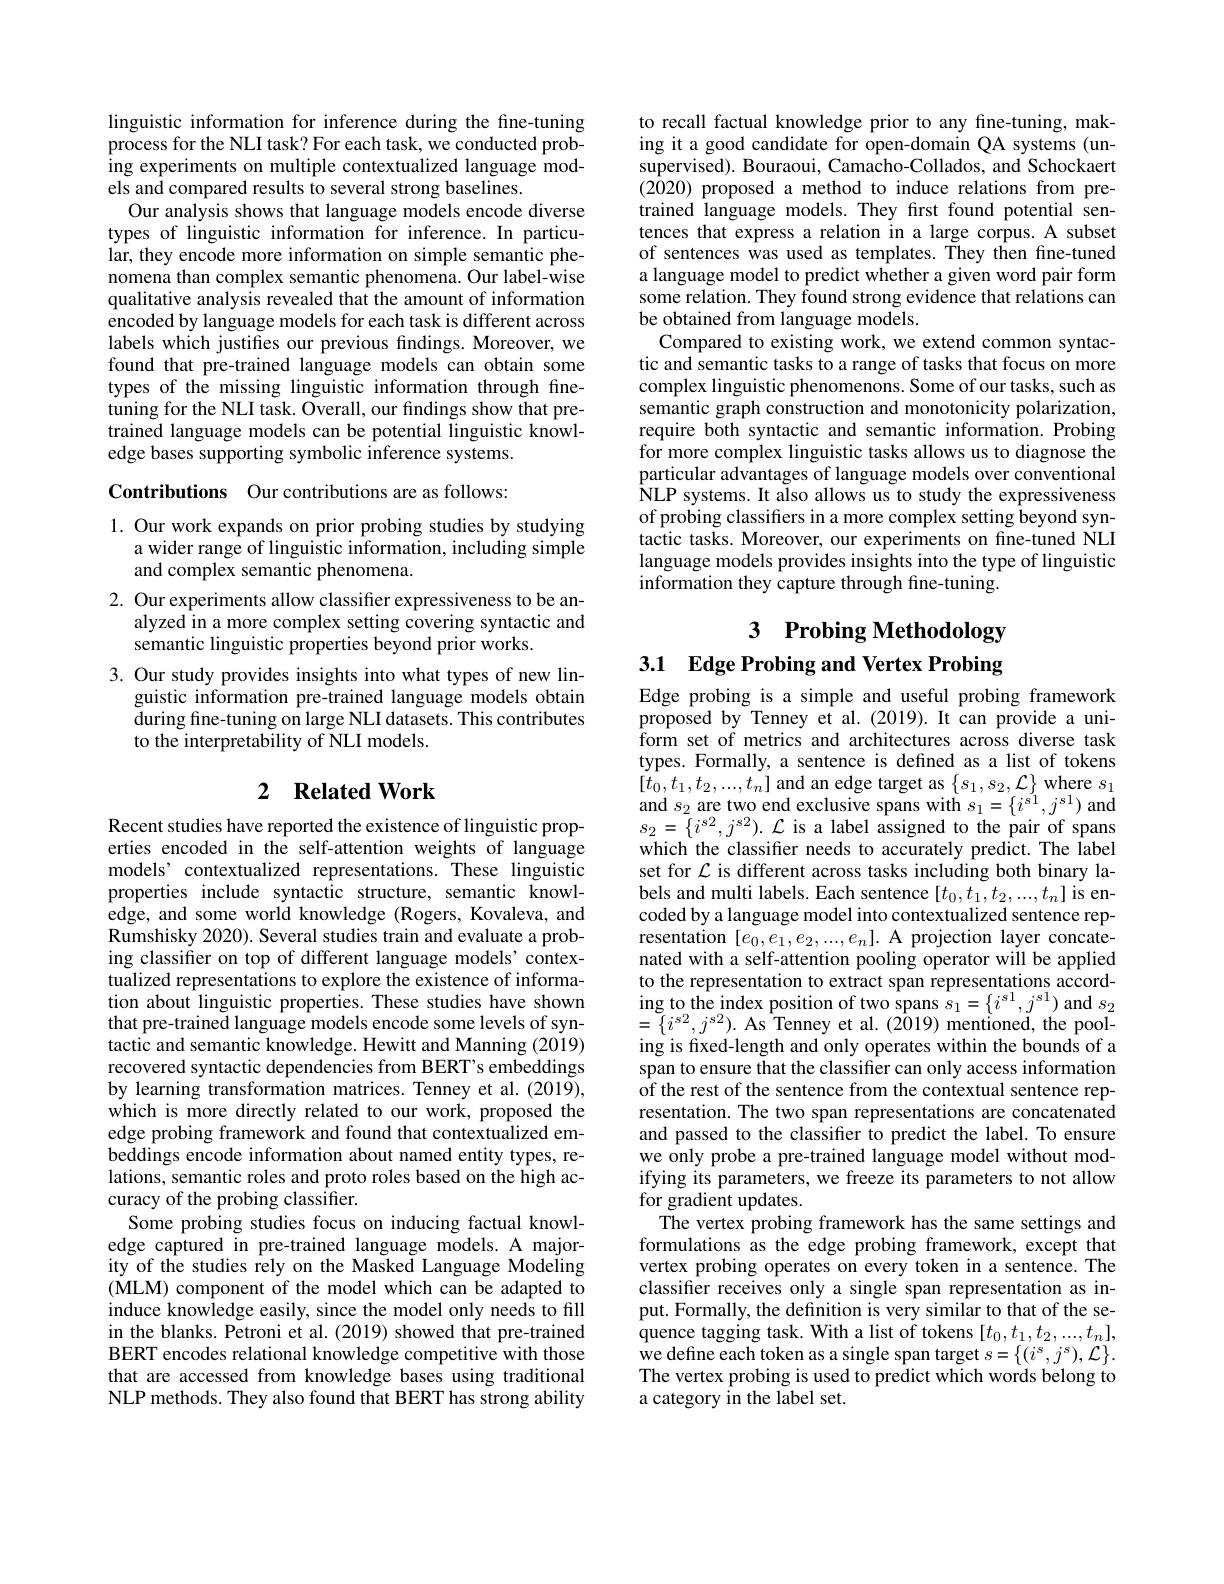
linguistic information for inference during the fine-tuning process for the NLI task? For each task, we conducted probing experiments on multiple contextualized language models and compared results to several strong baselines.
Our analysis shows that language models encode diverse types of linguistic information for inference. In particular, they encode more information on simple semantic phenomena than complex semantic phenomena. Our label-wise qualitative analysis revealed that the amount of information encoded by language models for each task is different across labels which justifies our previous findings. Moreover, we found that pre-trained language models can obtain some types of the missing linguistic information through finetuning for the NLI task. Overall, our findings show that pretrained language models can be potential Iinguistic knowledge bases supporting symbolic inference systems.

Contributions Our contributions are as follows:

1. Our work expands on prior probing studies by studying
a wider range of linguistic information, including simple
and complex semantic phenomena.
2. Our experiments allow classifer expressiveness to be an-
alyzed in a more complex setting covering syntactic and
semantic linguistic properties beyond prior works.
3. Our study provides insights into what types of new lin-
guistic information pre-trained language models obtain during fine-tuning on large NLI datasets. This contributes to the interpretability of NLI models.

## 2 $\textbf{Related Work}$

Recent studies have reported the existence of linguistic properties encoded in the self-attention weights of language models’contextualized representations. These linguistic properties include syntactic structure, semantic knowledge, and some world knowledge (Rogers, Kovaleva, and Rumshisky 2020). Several studies train and evaluate a probing classifer on top of different language models'contextualized representations to explore the existence of information about linguistic properties. These studies have shown that pre-trained language models encode some levels of syntactic and semantic knowledge. Hewitt and Manning (2019) recovered syntactic dependencies from BERT's embeddings by learning transformation matrices. Tenney et al. (2019), which is more directly related to our work, proposed the edge probing framework and found that contextualized embeddings encode information about named entity types, relations, semantic roles and proto roles based on the high accuracy of the probing classifier.
Some probing studies focus on inducing factual knowledge captured in pre-trained language models. A majority of the studies rely on the Masked Language Modeling (MLM) component of the model which can be adapted to induce knowledge easily, since the model only needs to fill in the blanks. Petroni et al. (2019) showed that pre-trained BERT encodes relational knowledge competitive with those that are accessed from knowledge bases using traditional NLP methods. They also found that BERT has strong ability

to recall factual knowledge prior to any fine-tuning, making it a good candidate for open-domain QA systems (unsupervised). Bouraoui, Camacho-Collados, and Schockaert (2020) proposed a method to induce relations from pretrained language models. They first found potential sentences that express a relation in a large corpus. A subset of sentences was used as templates. They then fine-tuned a language model to predict whether a given word pair form some relation. They found strong evidence that relations can be obtained from language models.
Compared to existing work, we extend common syntactic and semantic tasks to a range of tasks that focus on more complex linguistic phenomenons. Some of our tasks, such as semantic graph construction and monotonicity polarization, require both syntactic and semantic information. Probing for more complex linguistic tasks allows us to diagnose the particular advantages of language models over conventional NLP systems. It also allows us to study the expressiveness of probing classifers in a more complex setting beyond syntactic tasks. Moreover, our experiments on fine-tuned NLI language models provides insights into the type of linguistic information they capture through fine-tuning.

# 3 Probing Methodology 3.1 Edge Probing and Vertex Probing

Edge probing is a simple and useful probing framework proposed by Tenney et al.(2019). It can provide a uniform set of metrics and architectures across diverse task types. Formally, a sentence is defined as a list of tokens $[t_{0},t_{1},t_{2},...,t_{n}]$ and an edge target as $\{s_1,s_{2},\mathcal{L}\}$ where $s_{1}$ and $s_2$ are two end exclusive spans with $s_1=\{i^{s1},j^{s1})$ and $s_{2}=\{i^{s2},j^{s2}).{\mathcal L}$ is a label assigned to the pair of spans which the classifer needs to accurately predict. The label set for $\mathcal{L}$ is different across tasks including both binary labels and multi labels. Each sentence $[t_0,t_1,t_2,...,t_n]$ is encoded by a language model into contextualized sentence representation $[e_0,e_1,e_2,...,e_n].$ A projection layer concatenated with a self-attention pooling operator will be applied to the representation to extract span representations accord- $\operatorname*{ing}_{(i,j)}$to the index position of two spans $s_1=\{i^{s1},j^{s1})$ and $s_2$ $=\{i^{s2},j^{s2}).$ As Tenney et al.(2019) mentioned, the pooling is fxed-length and only operates within the bounds of a span to ensure that the classifier can only access information ${\hat{\text{of the rest of the sentence from the contextual sentence rep-}}}$ resentation. The two span representations are concatenated and passed to the classifier to predict the label. To ensure we only probe a pre-trained language model without modifying its parameters, we freeze its parameters to not allow for gradient updates.
The vertex probing framework has the same settings and formulations as the edge probing framework, except that vertex probing operates on every token in a sentence. The classifer receives only a single span representation as input. Formally, the definition is very similar to that of the sequence tagging task. With a list of tokens $[t_0,t_1,t_2,...,t_n]$, ${\mathrm{we~define~each~token~as~a~single~span~target~}s=\{(i^{s},j^{s}),{\mathcal L}\}.}$ The vertex probing is used to predict which words belong to a category in the label set.